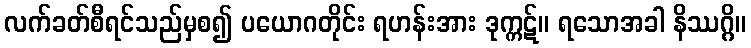
လက်ခတ်စီရင်သည်မှစ၍ ပယောဂတိုင်း ရဟန်းအား ဒုက္ကဋ်။ ရသောအခါ နိဿဂ္ဂိ။